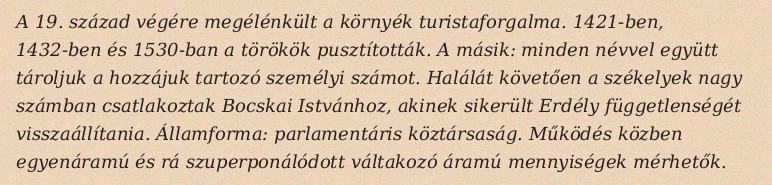
A 19. század végére megélénkült a környék turistaforgalma. 1421-ben, 1432-ben és 1530-ban a törökök pusztították. A másik: minden névvel együtt tároljuk a hozzájuk tartozó személyi számot. Halálát követően a székelyek nagy számban csatlakoztak Bocskai Istvánhoz, akinek sikerült Erdély függetlenségét visszaállítania. Államforma: parlamentáris köztársaság. Működés közben egyenáramú és rá szuperponálódott váltakozó áramú mennyiségek mérhetők.